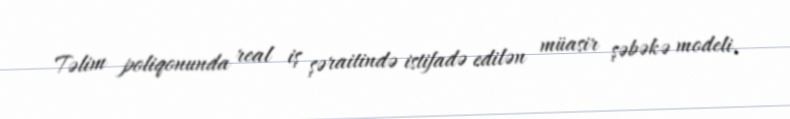
Təlim poliqonunda real iş şəraitində istifadə edilən müasir şəbəkə modeli,